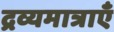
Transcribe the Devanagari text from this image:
द्रव्यमात्राएँ